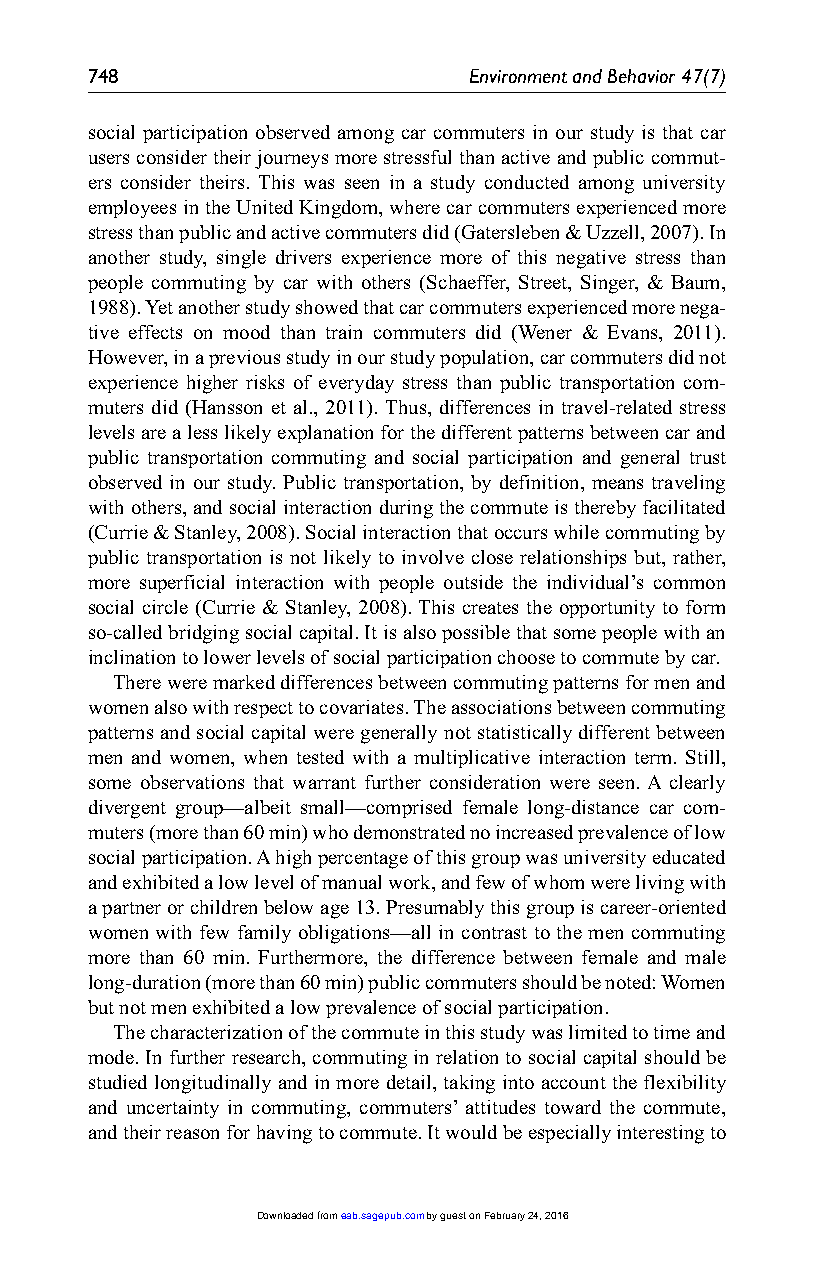
748                      Environment and Behavior 47(7)
 social participation observed among car commuters in our study is that car
 users consider their journeys more stressful than active and public commut-
 ers consider theirs. This was seen in a study conducted among university
 employees in the United Kingdom, where car commuters experienced more
 stress than public and active commuters did (Gatersleben & Uzzell, 2007). In
 another study, single drivers experience more of this negative stress than
 people commuting by car with others (Schaeffer, Street, Singer, & Baum,
 1988). Yet another study showed that car commuters experienced more nega-
 tive effects on mood than train commuters did (Wener & Evans, 2011).
 However, in a previous study in our study population, car commuters did not
 experience higher risks of everyday stress than public transportation com-
 muters did (Hansson et al., 2011). Thus, differences in travel-related stress
 levels are a less likely explanation for the different patterns between car and
 public transportation commuting and social participation and general trust
 observed in our study. Public transportation, by definition, means traveling
 with others, and social interaction during the commute is thereby facilitated
 (Currie & Stanley, 2008). Social interaction that occurs while commuting by
 public transportation is not likely to involve close relationships but, rather,
 more superficial interaction with people outside the individual’s common
 social circle (Currie & Stanley, 2008). This creates the opportunity to form
 so-called bridging social capital. It is also possible that some people with an
 inclination to lower levels of social participation choose to commute by car.
 There were marked differences between commuting patterns for men and
 women also with respect to covariates. The associations between commuting
 patterns and social capital were generally not statistically different between
 men and women, when tested with a multiplicative interaction term. Still,
 some observations that warrant further consideration were seen. A clearly
 divergent group—albeit small—comprised female long-distance car com-
 muters (more than 60 min) who demonstrated no increased prevalence of low
 social participation. A high percentage of this group was university educated
 and exhibited a low level of manual work, and few of whom were living with
 a partner or children below age 13. Presumably this group is career-oriented
 women with few family obligations—all in contrast to the men commuting
 more than 60 min. Furthermore, the difference between female and male
 long-duration (more than 60 min) public commuters should be noted: Women
 but not men exhibited a low prevalence of social participation.
 The characterization of the commute in this study was limited to time and
 mode. In further research, commuting in relation to social capital should be
 studied longitudinally and in more detail, taking into account the flexibility
 and uncertainty in commuting, commuters’ attitudes toward the commute,
 and their reason for having to commute. It would be especially interesting to
 Downloaded from eab.sagepub.com by guest on February 24, 2016